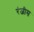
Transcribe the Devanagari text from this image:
रंजीस